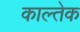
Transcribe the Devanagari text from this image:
काल्तेक